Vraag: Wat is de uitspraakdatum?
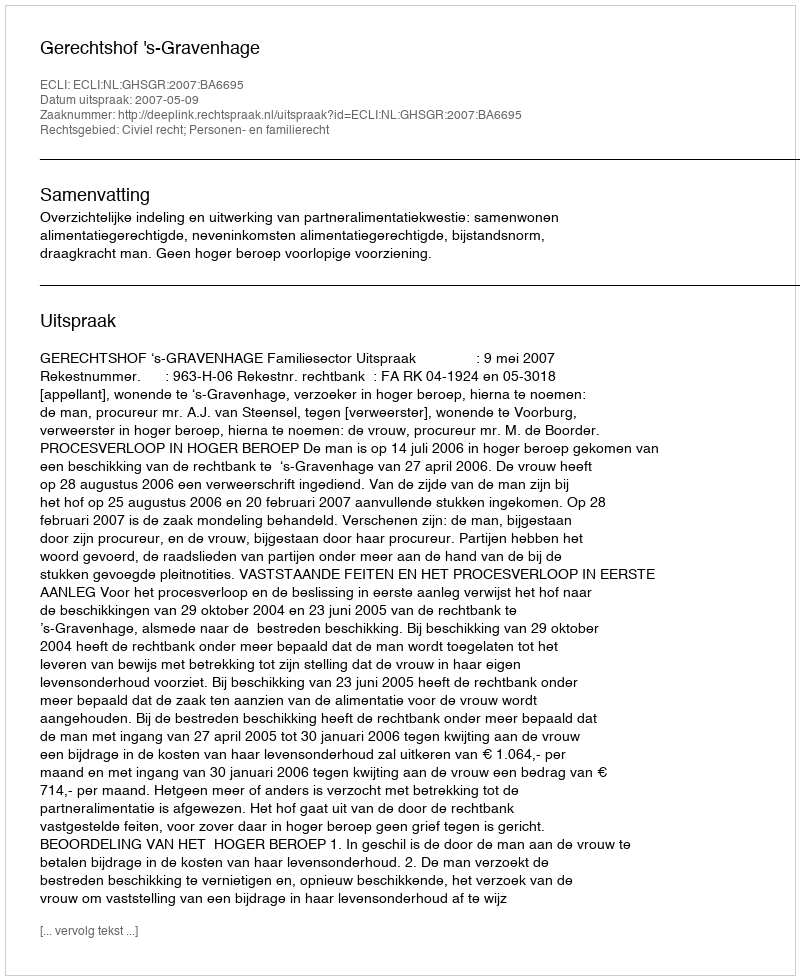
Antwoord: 2007-05-09